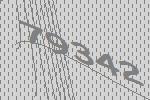
79342